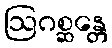
ဩဂစ္ဆန္တေ